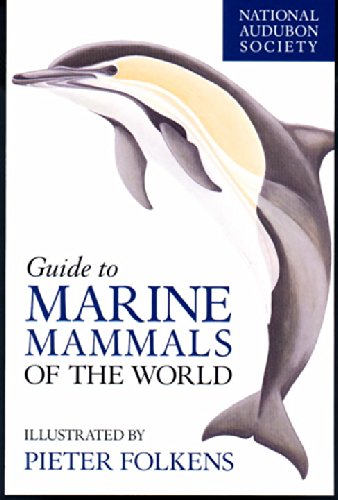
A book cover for National Audubon Society Guide to Marine Mammals of the World (National Audubon Society Field Guides); Brent S. Stewart; Science & Math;